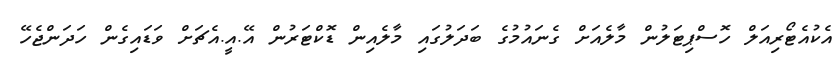
އެކުއެޓޯރިއަލް ހޮސްޕިޓަލުން މާލެއަށް ގެނައުމުގެ ބަދަލުގައި މާލެއިން ޑޮކްޓަރުން އޭ.އީ.އެޗަށް ވަޑައިގެން ހަދަންޖެހޭ